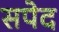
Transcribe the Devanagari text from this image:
सपेद